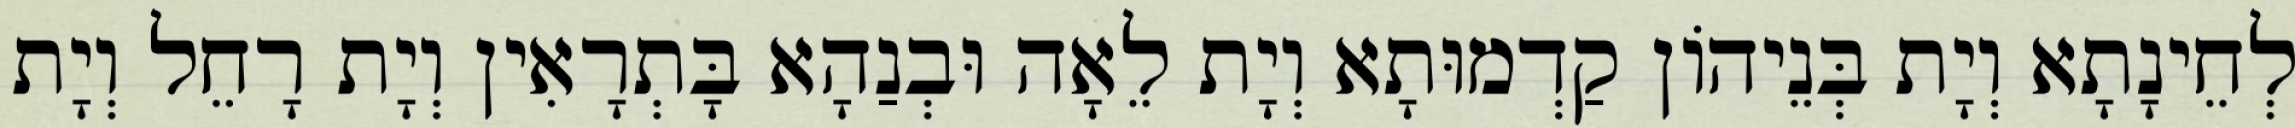
לְחֵינָתָא וְיָת בְּנֵיהוֹן קַדְמוּתָא וְיָת לֵאָה וּבְנַהָא בָּתְרָאִין וְיָת רָחֵל וְיָת